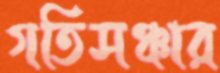
গতিসঞ্চার